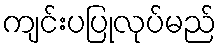
ကျင်းပပြုလုပ်မည်